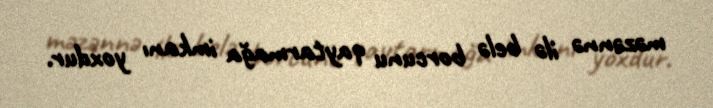
məzənnə ilə belə borcunu qaytarmağa imkanı yoxdur.